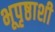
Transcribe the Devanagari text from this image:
भूपृष्ठाशी